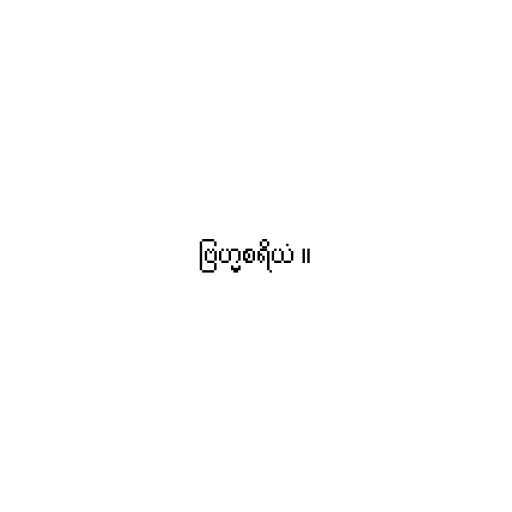
ဗြဟ္မစရိယံ ။